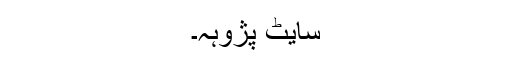
سایٹ پژوہہ۔